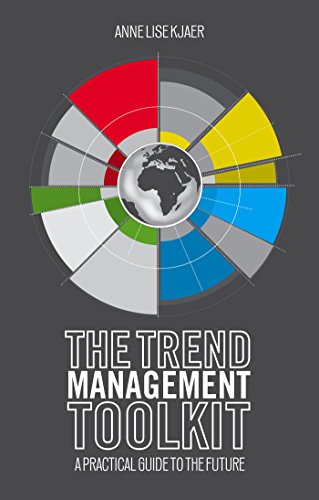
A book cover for The Trend Management Toolkit: A Practical Guide to the Future; Anne Lise Kjaer; Business & Money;